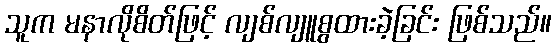
သူက မနာလိုစိတ်ဖြင့် လျစ်လျူစွထားခဲ့ခြင်း ဖြစ်သည်။